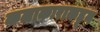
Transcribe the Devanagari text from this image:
कलाकाराकडून